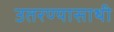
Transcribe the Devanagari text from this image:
उतरण्यासाथी